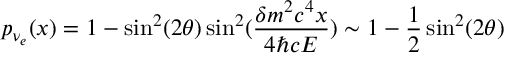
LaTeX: p _ { \nu _ { e } } ( x ) = 1 - \sin ^ { 2 } ( 2 \theta ) \sin ^ { 2 } ( { \frac { \delta m ^ { 2 } c ^ { 4 } x } { 4 \hbar c E } } ) \sim 1 - { \frac { 1 } { 2 } } \sin ^ { 2 } ( 2 \theta )